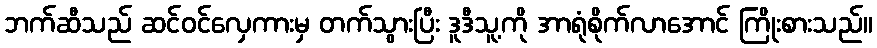
ဘက်ဆီသည် ဆင်ဝင်လှေကားမှ တက်သွားပြီး ဒူဒီသူ့ကို အာရုံစိုက်လာအောင် ကြိုးစားသည်။